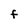
Character: F